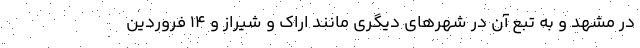
در مشهد و به تبع آن در شهرهای دیگری مانند اراک و شیراز و 14 فروردین